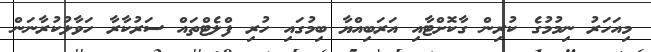
މިއަހަރު ނިމުމުގެ ކުރިން ގާކޮށްޓާއި އަރަބިއްޔާ ބިމުގައި ހުރި ފްލެޓްތައް ސަރުކާރާ ހަވާލުކުރާނަން